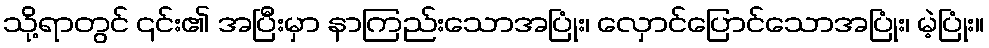
သို့ရာတွင် ၎င်း၏ အပြီးမှာ နာကြည်းသောအပြုံး၊ လှောင်ပြောင်သောအပြုံး၊ မဲ့ပြုံး။